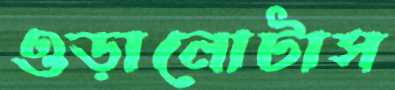
ওড়ানোটাস